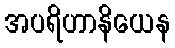
အပရိဟာနိယေန